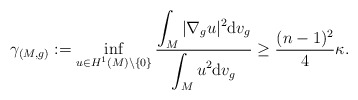
\begin{align*}\gamma_{(M,g)}:=\inf_{u\in H^1(M)\setminus \{0\}}\frac{\displaystyle\int_M |\nabla_g u|^2{\rm d}v_g}{\displaystyle\int_M u^2{\rm d}v_g}\geq \frac{(n-1)^2}{4}\kappa.\end{align*}